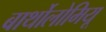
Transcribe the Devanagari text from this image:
बार्थोलोमियू